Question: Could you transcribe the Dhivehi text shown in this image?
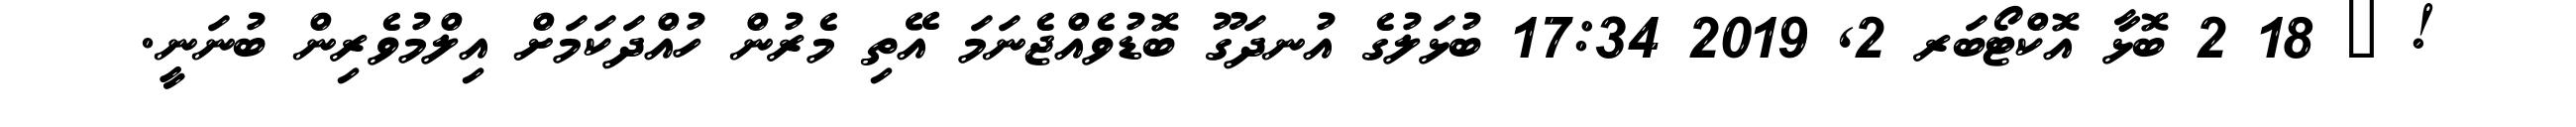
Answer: ! ? 18 2 ބޮޅާ އޮކްޓޯބަރ 2, 2019 17:34 ބުޅަލުގެ އުނދަގޫ ބޮޑުވެއްޖެނަމަ އޭތި މެރުން ހުއްދަކަމަށް އިލްމުވެރިން ބުނަނީ.